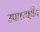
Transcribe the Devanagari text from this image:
उपाध्यक्षीय